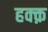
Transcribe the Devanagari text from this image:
हक्क़